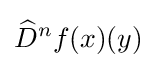
{\widehat {D}}^{n}f(x)(y)